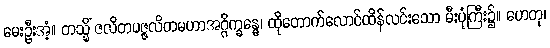
မေးဦးအံ့။ တသ္မိံ ဇလိတပဇ္ဇလိတမဟာအဂ္ဂိက္ခန္ဓေ၊ ထိုတောက်လောင်ထိန်လင်းသော မီးပုံကြီး၌။ ဟေတု၊